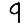
Digit: 9